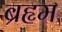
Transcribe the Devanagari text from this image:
ब्रहृम